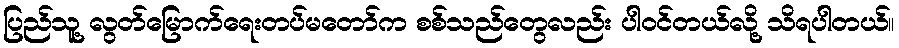
ပြည်သူ့ လွတ်မြောက်ရေးတပ်မတော်က စစ်သည်တွေလည်း ပါဝင်တယ်လို့ သိရပါတယ်။